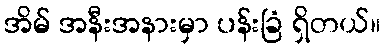
အိမ် အနီးအနားမှာ ပန်းခြံ ရှိတယ်။